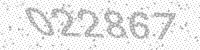
Solution: 022867